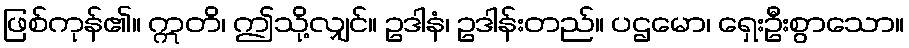
ဖြစ်ကုန်၏။ ဣတိ၊ ဤသို့လျှင်။ ဥဒါနံ၊ ဥဒါန်းတည်။ ပဌမော၊ ရှေးဦးစွာသော။